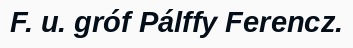
F. u. gróf Pálffy Ferencz.